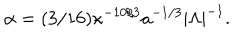
LaTeX: \alpha = ( 3 / 1 6 ) \kappa ^ { - 1 0 / 3 } a ^ { - 1 / 3 } | \Lambda | ^ { - 1 } .